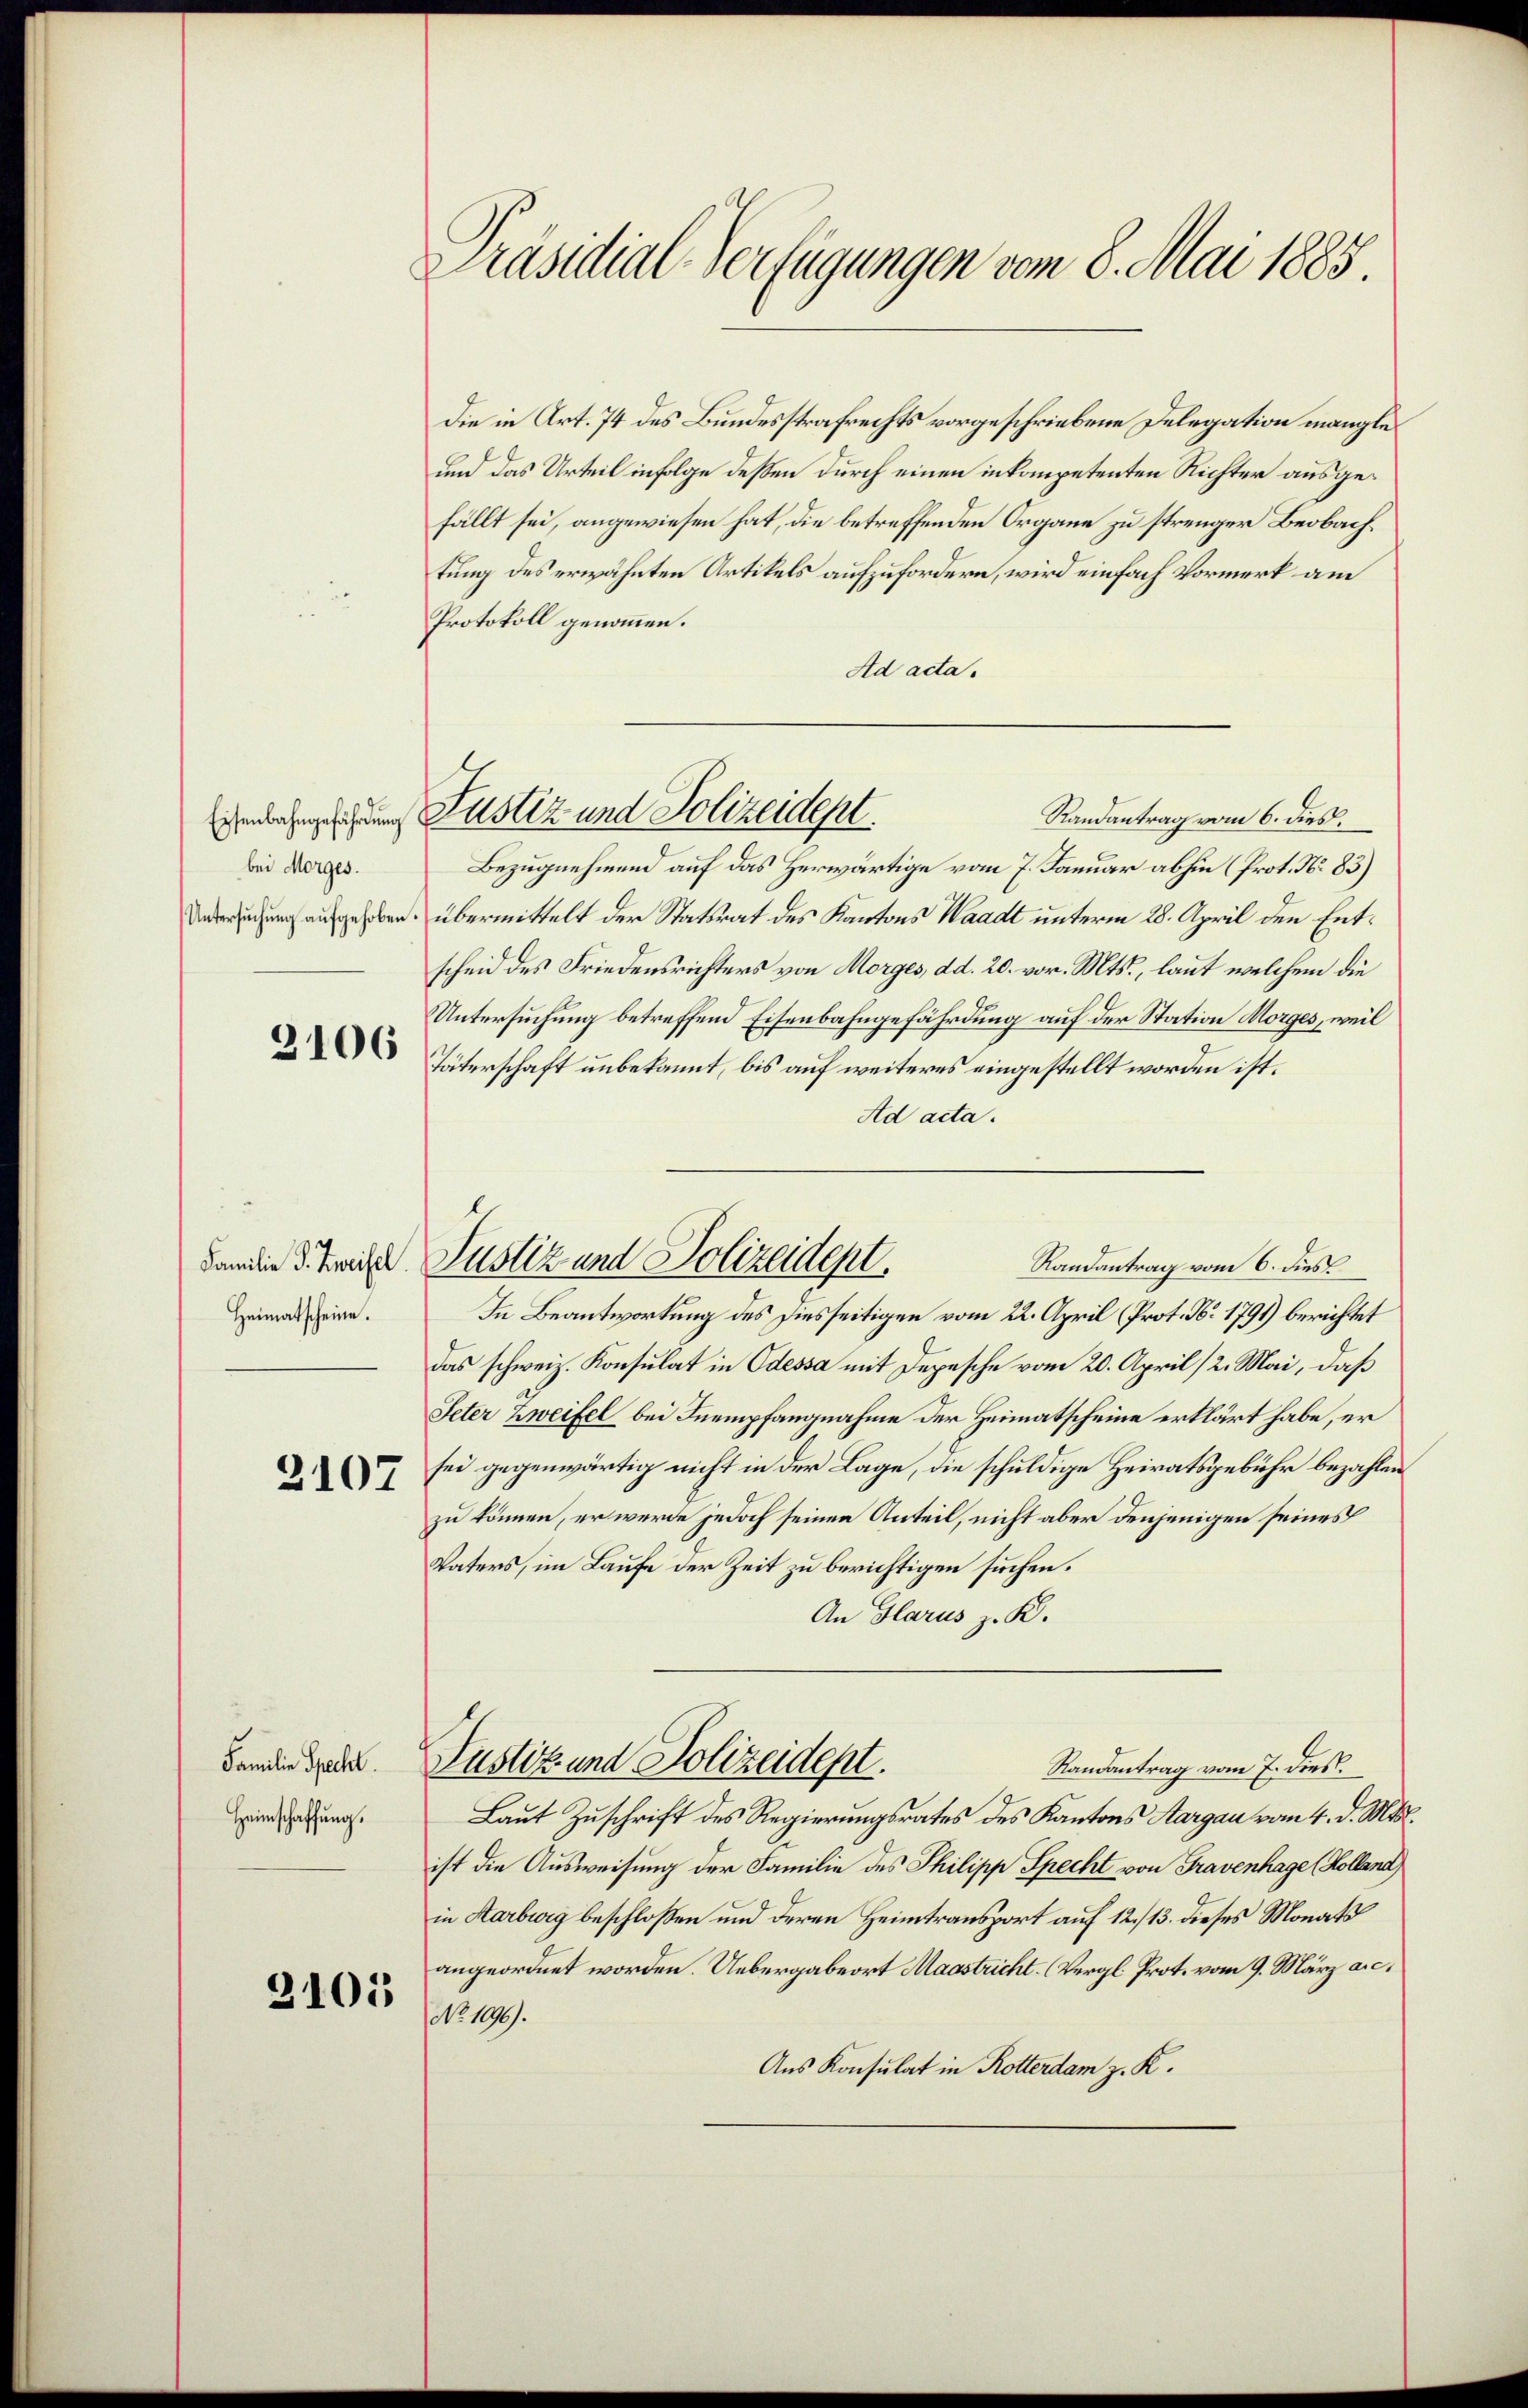
Eisenbahngefährdung
bei Morges.

3106

Familie S. Zweifel.
Heimatscheine.

2107

Familie Specht.
Heimschaffung.

2101

Präsidial-Verfügungen vom 8. Mai 1885.

Die in Art. 74 des Bundesstrafrechts vorgeschriebene Delegation mangle
und das Urteil infolge dessen durch einen in kompetenten Richter ausgefällt sei, angewiesen hat, die betreffenden Organe zu strenger Beobach
tung des erwähnten Artikels aufzufordern, wird einfach Vormerk am
Protokoll genommen.
Ad acta.
Randantrag vom 6. dies
Bezugnehmend auf das Herwärtige vom 7. Januar abhin (Prot. No. 83)
Anbringung aufgehoben, übermittelt der Statsrat des Kantons Waadt unterm 28. April den Entscheid des Friedensrichters von Morges, dd. 20. vor. Mts., laut welchem die
Untersuchung betreffend Eisenbahngefährdung auf der Station Morges, weil
Täterschaft unbekannt, bis auf weiteres eingestellt worden ist.
Ad acta.
Randantrag vom 6. dies
In Beantwortung des Diesseitigen vom 22. April (Prot. No. 1791) berichtet
das schweiz. Konsulat in Odessa mit Depesche vom 20. April 12. Mai, daß
Peter Zweifel bei Inempfangnahme der Heimatscheine erklärt habe, er
sei gegenwärtig nicht in der Lage, die schuldige Heiratsgebühr bezahlen
zu können, er werde jedoch seinen Anteil, nicht aber denjenigen seines
Vaters, im Laufe der Zeit zu berichtigen suchen.
An Glarus z. R.
Justiz und Polizeidept.
Randantrag vom 7. dies.
Laut Zuschrift des Regierungsrates des Kantons Aargau vom 4. d. Mts.
ist die Ausweisung der Familie des Philipp Specht von Gravenhage (Kolland
in Karburg beschloßen und deren Heimtransport auf 12./13. dieses Monats
angeordnet worden. Uebergabeort Magstricht. (Vergl. Prot. vom 9. März a. c.
Nr. 1090).
Aus Konsulat in Rotterdam z. K.

Justiz und Polizeident.

Justiz und Polizeidept.